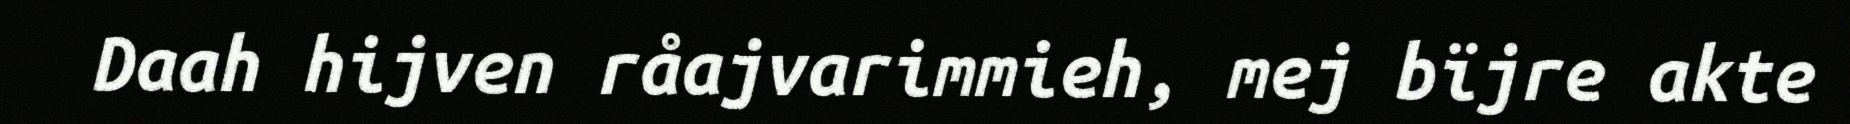
Daah hijven råajvarimmieh, mej bïjre akte